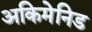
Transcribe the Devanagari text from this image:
अकिमेनिड